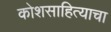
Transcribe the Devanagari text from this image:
कोशसाहित्याचा